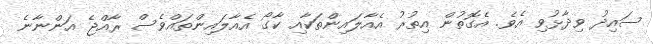
ސައިދު ވިދާޅުވި އެވެ. އެގޮތުން އިތުރު އެއާލައިންތަކާއި ކާގޯ އެއާލައިންތައްވެސް ރާއްޖެ އަންނާނެ